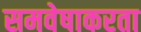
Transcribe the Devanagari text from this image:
समवेषाकरता